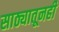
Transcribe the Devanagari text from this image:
साठ्यातूनही